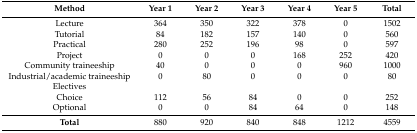
<table><thead><tr><td><b>Method</b></td><td><b>Year 1</b></td><td><b>Year 2</b></td><td><b>Year 3</b></td><td><b>Year 4</b></td><td><b>Year 5</b></td><td><b>Total</b></td></tr></thead><tbody><tr><td>Lecture</td><td>364</td><td>350</td><td>322</td><td>378</td><td>0</td><td>1502</td></tr><tr><td>Tutorial</td><td>84</td><td>182</td><td>157</td><td>140</td><td>0</td><td>560</td></tr><tr><td>Practical</td><td>280</td><td>252</td><td>196</td><td>98</td><td>0</td><td>597</td></tr><tr><td>Project</td><td>0</td><td>0</td><td>0</td><td>168</td><td>252</td><td>420</td></tr><tr><td>Community traineeship</td><td>40</td><td>0</td><td>0</td><td>0</td><td>960</td><td>1000</td></tr><tr><td>Industrial/academic traineeship</td><td>0</td><td>80</td><td>0</td><td>0</td><td>0</td><td>80</td></tr><tr><td>Electives</td><td></td><td></td><td></td><td></td><td></td><td></td></tr><tr><td>Choice</td><td>112</td><td>56</td><td>84</td><td>0</td><td>0</td><td>252</td></tr><tr><td>Optional</td><td>0</td><td>0</td><td>84</td><td>64</td><td>0</td><td>148</td></tr><tr><td><b>Total</b></td><td>880</td><td>920</td><td>840</td><td>848</td><td>1212</td><td>4559</td></tr></tbody></table>